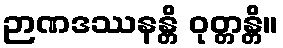
ဉာဏဒဿနန္တိ ဝုတ္တန္တိ။